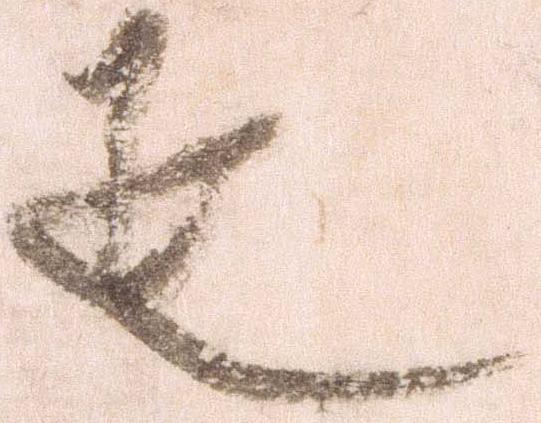
疋